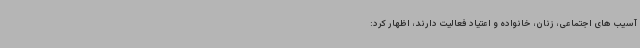
آسیب های اجتماعی، زنان، خانواده و اعتیاد فعالیت دارند، اظهار کرد: